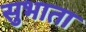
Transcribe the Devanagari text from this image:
सुभाता